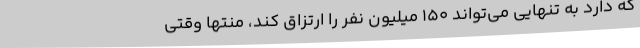
که دارد به تنهایی می‌تواند 150 میلیون نفر را ارتزاق کند، منتها وقتی